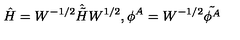
\hat { H } = W ^ { - 1 / 2 } \hat { \tilde { H } } W ^ { 1 / 2 } , \phi ^ { A } = W ^ { - 1 / 2 } \tilde { \phi ^ { A } }